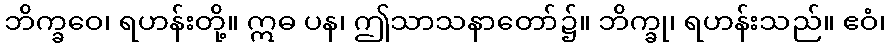
ဘိက္ခဝေ၊ ရဟန်းတို့။ ဣဓ ပန၊ ဤသာသနာတော်၌။ ဘိက္ခု၊ ရဟန်းသည်။ ဧဝံ၊